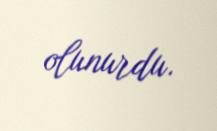
olunurdu.